Annual administration and progress report of the Indian Medical Department, Bombay
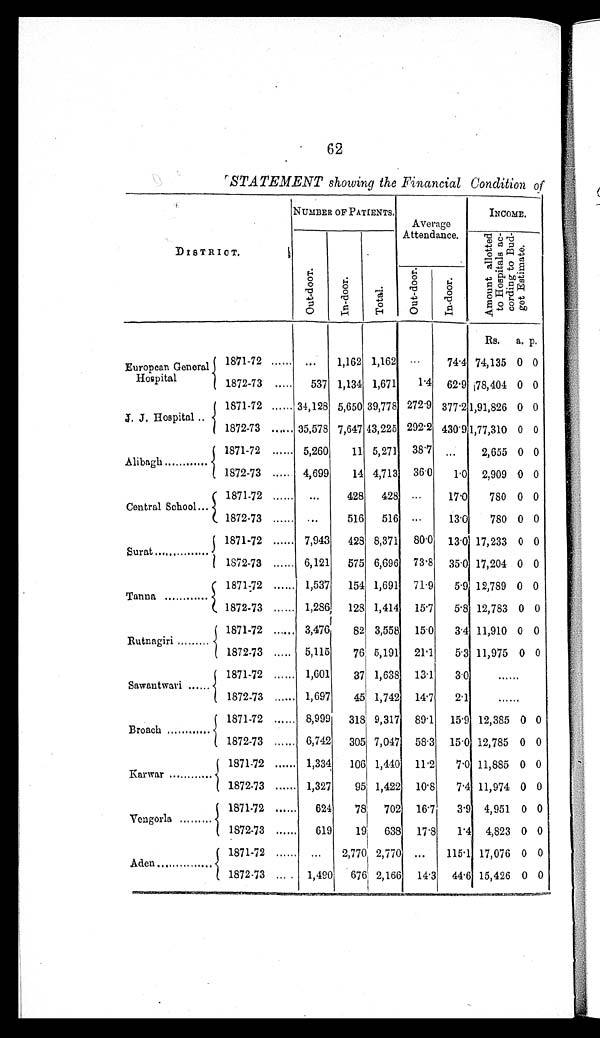
62
STATEMENT showing the Financial Condition of
DISTRICT.
NUMBER OF PATIENTS.
Average
Attendance.
INCOME.
O u t - d o o r .
I n - d o o r .
T o t a l .
Amount al l ot t ed
to Hospital ac-
cordi ng t o Bud-
get Estimate.
O u t - d o o r .
I n - d o o r .
Rs.
a. p.
European General
Hospital
1871-72 ...... ...
1,162 1,162
...
74.4 74,135 0 0
1872-73 .....
537 1,134 1,671
1.4 62.9 78,404 0 0
J. J. Hospital..
1871-72 ...... 34,128 5,650 39,778 272.9 377.2 1,91,826 0 0
1872-73 ...... 35,578 7,647 43,225 292.2 430.9 1,77,310 0 0
Alibagh........
1871-72 ...... 5,260
11 5,271 38.7 ...
2,655 0 0
1872-73 ..... 4,699
14 4,713 36.0
1.0 2,909 0 0
Central School...
1871-72 ......
...
428
428
...
17.0
780 0 0
1872-73 ...... ...
516
516
...
13.0
780 0 0
Surat.................
1871-72 ...... 7,943
428 8,371 80.0 13.0 17,233 0 0
1872-73 ...... 6,121
575 6,696 73.8 35.0 17,204 0 0
Tanna.............
1871.72 ...... 1,537
154 1,691 71.9
5.9 12,789 0 0
1872-73 ...... 1,286
128 1,414 15.7
5.8 12,783 0 0
Rutnagiri.........
1871-72 ...... 3,476
82 3,558 15.0
3.4 11,910 0 0
1872-73 ..... 5,115
76 5,191 21.1
5.3 11,975 0 0
Sawantwari.........
1871-72 ...... 1,601
37 1,638 13.1
3.0
......
1872-73 ...... 1,697
45 1,742 14.7
2.1
......
Broach.............
1871-72 ...... 8,999
318 9,317 89.1
15.9 12,385 0 0
1872-73 ...... 6,742
305 7,047 58.3 15.0 12,785 0 0
Karwar.........
1871-72 ...... 1,334
106 1,440 11.2
7.0 11,885 0 0
1872-73 ...... 1,327
95 1,422 10.8
7.4 11,974 0 0
Vengorla...........
1871-72 ......
624
'78
702 16.7
3.9 4,951 0 0
1872-73 ......
619
19
638 17.8
1.4 4,823 0 0
Aden.............
1871-72 ......
. . . 2,770 2,770 ...
115.1 17,076 0 0
1872-73 ...... 1,490
676 2,166 14.3 44.6 15,426 0
0